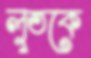
লুতকে